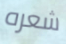
شعره